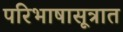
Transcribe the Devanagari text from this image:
परिभाषासूत्रात